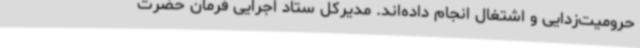
حرومیت‌زدایی و اشتغال انجام داده‌اند. مدیرکل ستاد اجرایی فرمان حضرت